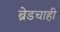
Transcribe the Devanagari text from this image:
ब्रेडचाही